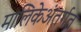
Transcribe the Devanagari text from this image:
मालिकेअंतर्गत